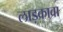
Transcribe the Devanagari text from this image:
लाड़कावा